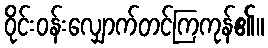
ဝိုင်းဝန်းလျှောက်တင်ကြကုန်၏။